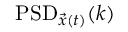
\mathrm { P S D } _ { \vec { x } ( t ) } ( k )